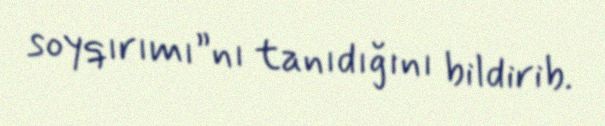
soyqırımı”nı tanıdığını bildirib.